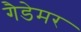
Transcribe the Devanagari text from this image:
गैडेमर